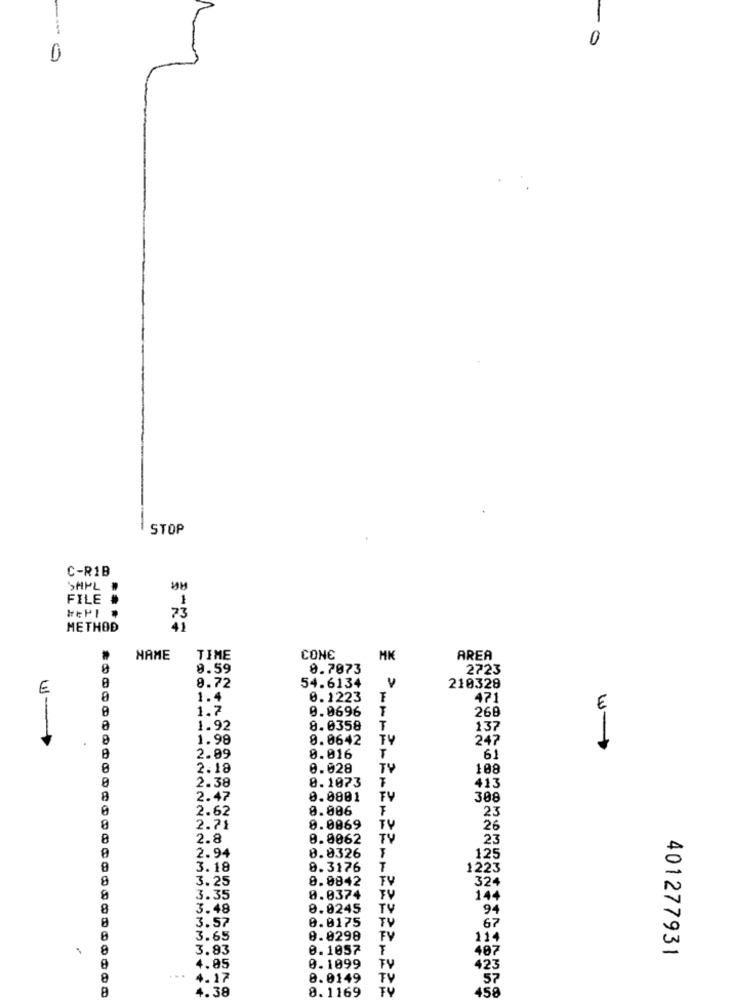
0
-0
0
STOP
C-R1B
SAPL .
ин
FILE #
1
73
METHOD
41
NAME
TIME
CONE
HK
AREA
8.59
8.7073
2723
54.6134
E
8.72
210328
1.4
0.1223
471
1.7
0.0696
268
E
1.92
8.0358
T
137
1.98
8.0642
TY
247
2.09
0.016
61
2.18
0.028
TY
108
0.1073
2.38
413
2.47
0.0801
FY
308
0.006
2.62
23
0
2.71
8.0869
TV
26
8
2.8
0.0062
TV
23
2.94
0.0326
125
3.18
8.3176
1223
8
3.25
0.0842
TV
324
3.35
0.0374
FV
144
8
3.48
0.0245
TV
94
8
0.0175
TV
67
3.57
3.65
8.0298
TV
114
8
3.93
MMM
0.1057
487
401277931
0.1099
TV
4.85
423
4.17
8.0149
TV
57
4.38
8.1169
45ª